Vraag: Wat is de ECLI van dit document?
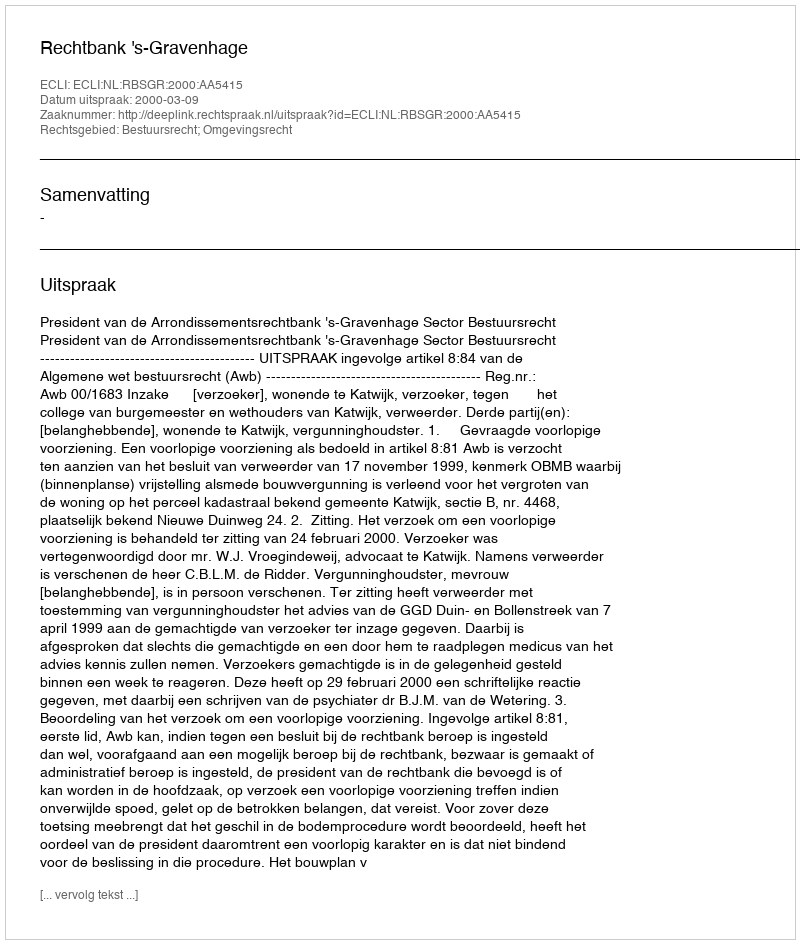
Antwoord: ECLI:NL:RBSGR:2000:AA5415